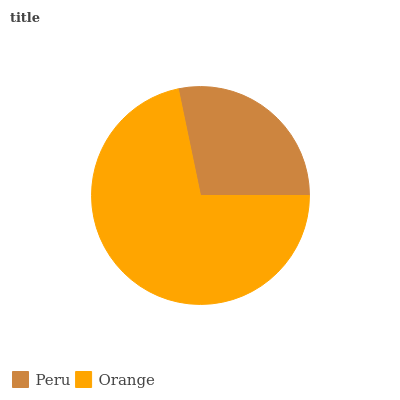
| Peru | Orange |
 | --- | --- |
 | 28.3% | 71.7% |